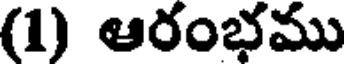
(1) ఆరంభము